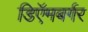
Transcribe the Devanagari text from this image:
डिऍमबर्गर